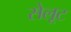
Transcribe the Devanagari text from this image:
सेलूट